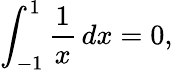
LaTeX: \int_{-1}^{1}{\frac{1}{x}}\, dx=0,